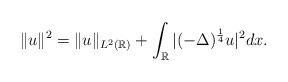
LaTeX: \begin{align*}\|u\|^2= \|u\|_{L^2({\mathbb R})}+\int_{\mathbb R}|(-\Delta)^{\frac{1}{4}}u|^2dx.\end{align*}